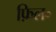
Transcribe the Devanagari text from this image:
फ़िल॰